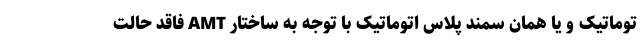
توماتیک و یا همان سمند پلاس اتوماتیک با توجه به ساختار AMT فاقد حالت